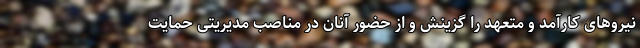
نیروهای کارآمد و متعهد را گزینش و از حضور آنان در مناصب مدیریتی حمایت